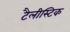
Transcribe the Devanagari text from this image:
टैलीस्टिक